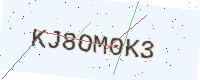
Text: KJ8OM0K3